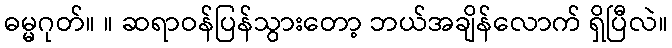
ဓမ္မဂုတ်။ ။ ဆရာဝန်ပြန်သွားတော့ ဘယ်အချိန်လောက် ရှိပြီလဲ။